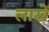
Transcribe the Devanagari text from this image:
लाखें